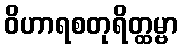
ဝိဟာရစတုရိတ္ထမ္ဗာ